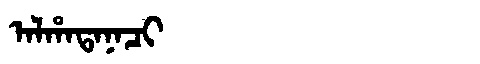
Manchu: ᠠᠯᡥᠠᡨᠠᠨᠠᠴᡳ
Romanization: ALHATANACI